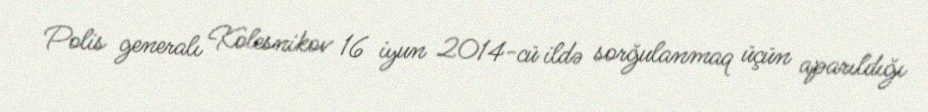
Polis generalı Kolesnikov 16 iyun 2014-cü ildə sorğulanmaq üçün aparıldığı